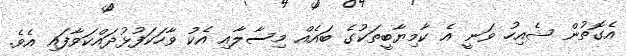
އެގޮތުން ޝެއިހު ވަނީ އެ ކާމިޔާބީތަކުގެ ބައެއް މިސާލާއި އެކު ވާހަކަފުޅުދައްކަވާފައި އެވެ.